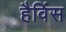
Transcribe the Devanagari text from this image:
हैविंस